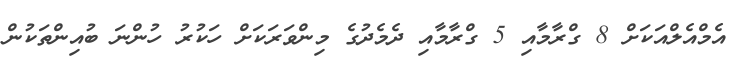
އެމްއެލްއަކަށް 8 ގްރާމާއި 5 ގްރާމާއި ދެމެދުގެ މިންވަރަކަށް ހަކުރު ހުންނަ ބުއިންތަކުން